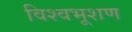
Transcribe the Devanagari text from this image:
विश्वभूशण